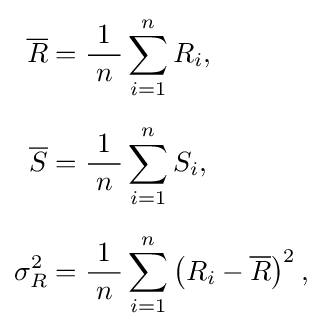
{\begin{aligned}{\overline {R}}&={\frac {\ 1\ }{n}}\sum _{i=1}^{n}R_{i},\\[6pt]{\overline {S}}&={\frac {\ 1\ }{n}}\sum _{i=1}^{n}S_{i},\\[6pt]\sigma _{R}^{2}&={\frac {\ 1\ }{n}}\sum _{i=1}^{n}\left(R_{i}-{\overline {R}}\right)^{2},\end{aligned}}